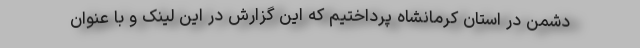
دشمن در استان کرمانشاه پرداختیم که این گزارش در این لینک و با عنوان